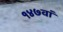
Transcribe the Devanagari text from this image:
१४७वां